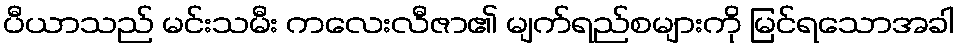
ပီယာသည် မင်းသမီး ကလေးလီဇာ၏ မျက်ရည်စများကို မြင်ရသောအခါ